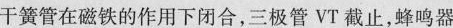
干簧管在磁铁的作用下闭合，三极管VT截止，